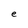
Character: e